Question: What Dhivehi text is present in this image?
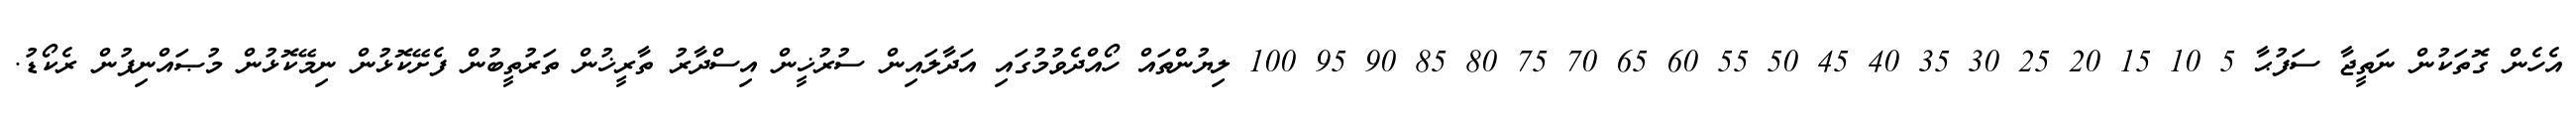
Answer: އެހެން ގޮތަކުން ނަތީޖާ ސަފުޙާ 5 10 15 20 25 30 35 40 45 50 55 60 65 70 75 80 85 90 95 100 ލިޔުންތައް ހޯއްދެވުމުގައި އަދާލައިން ސުރުޚީން އިސްދާރު ތާރީޚުން ތަރުތީބުން ފެށޭކޮޅުން ނިމޭކޮޅުން މުޞައްނިފުން ރެކޯޑު.